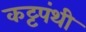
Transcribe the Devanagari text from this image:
कट्टपंथी